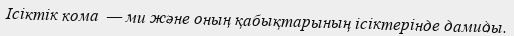
Ісіктік кома  — ми және оның қабықтарының ісіктерінде дамиды.